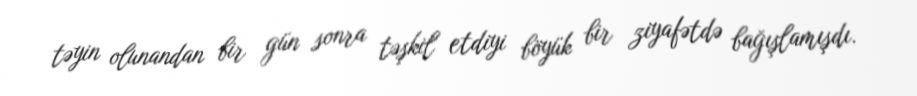
təyin olunandan bir gün sonra təşkil etdiyi böyük bir ziyafətdə bağışlamışdı.